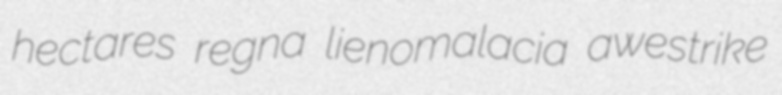
hectares regna lienomalacia awestrike